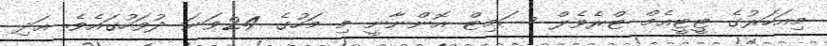
މިއަހަރުގެ ޓީޓީއެމް ޓްރެވެލް ސަމިޓް އޮންނާނީ މި މަހުގެ 24ވަނަ ދުވަހުގައެވެ. އަދި